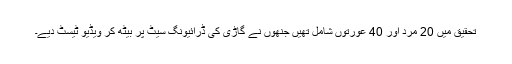
تحقیق میں 20 مرد اور 40 عورتوں شامل تھیں جنھوں نے گاڑی کی ڈرائیونگ سیٹ پر بیٹھ کر ویڈیو ٹیسٹ دیے۔